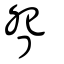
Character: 眢